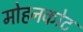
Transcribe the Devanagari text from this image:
मोहनकोट